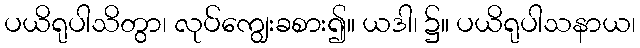
ပယိရုပါသိတွာ၊ လုပ်ကျွေးခစား၍။ ယဒါ၊ ၌။ ပယိရုပါသနာယ၊